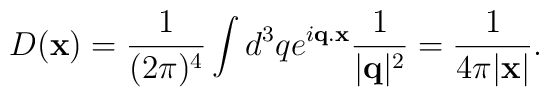
D({\bf x})=\frac{1}{(2\pi)^4}\int d^3q e^{i{\bf q.x}}\frac{1}{|{\bf q}|^2}=\frac{1}{4\pi |{\bf x}|}.